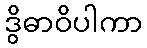
ဒွိဓာဝိပါကာ